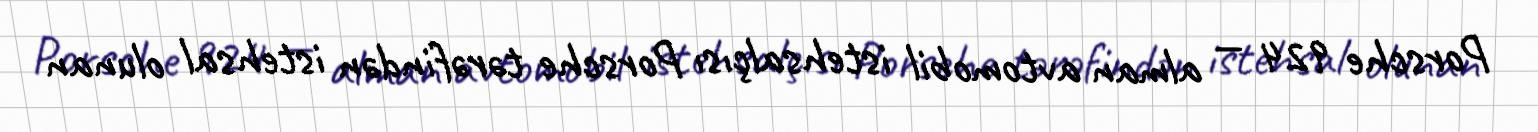
Porsche 924 — alman avtomobil istehsalçısı Porsche tərəfindən istehsal olunan